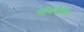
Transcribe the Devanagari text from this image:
अॅडवेअर